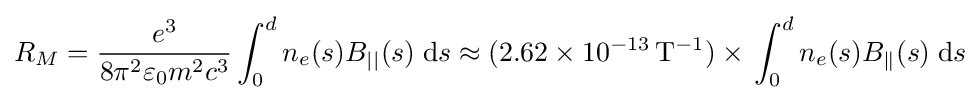
R_{M}={\frac {e^{3}}{8\pi ^{2}\varepsilon _{0}m^{2}c^{3}}}\int _{0}^{d}n_{e}(s)B_{||}(s)\;\mathrm {d} s\approx (2.62\times 10^{-13}\,\mathrm {T} ^{-1})\times \,\int _{0}^{d}n_{e}(s)B_{\parallel }(s)\;\mathrm {d} s